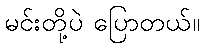
မင်းတို့ပဲ ပြောတယ်။